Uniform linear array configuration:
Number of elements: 12
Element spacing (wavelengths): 0.75
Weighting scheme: hamming
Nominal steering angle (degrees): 30
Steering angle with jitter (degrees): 28.309
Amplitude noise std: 0.05
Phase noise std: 0.05

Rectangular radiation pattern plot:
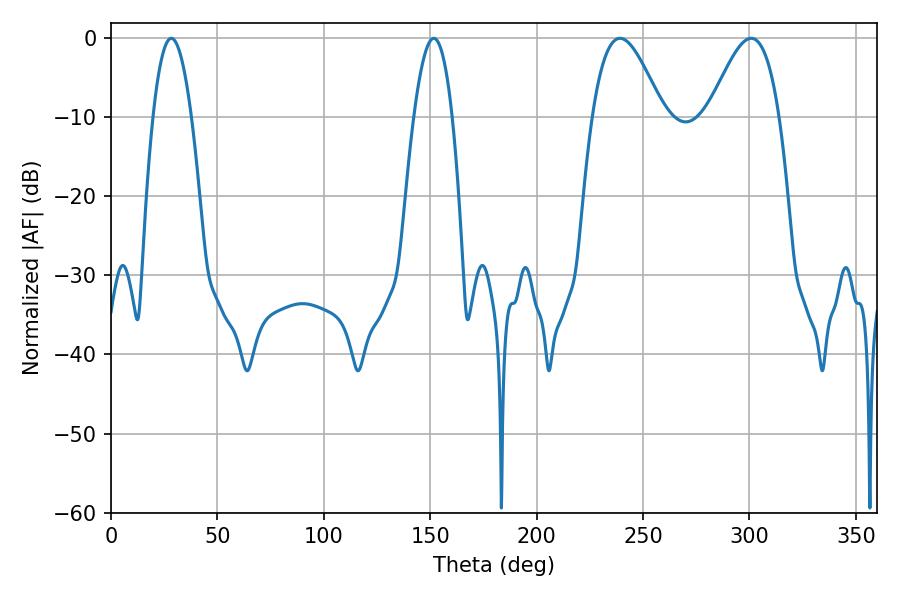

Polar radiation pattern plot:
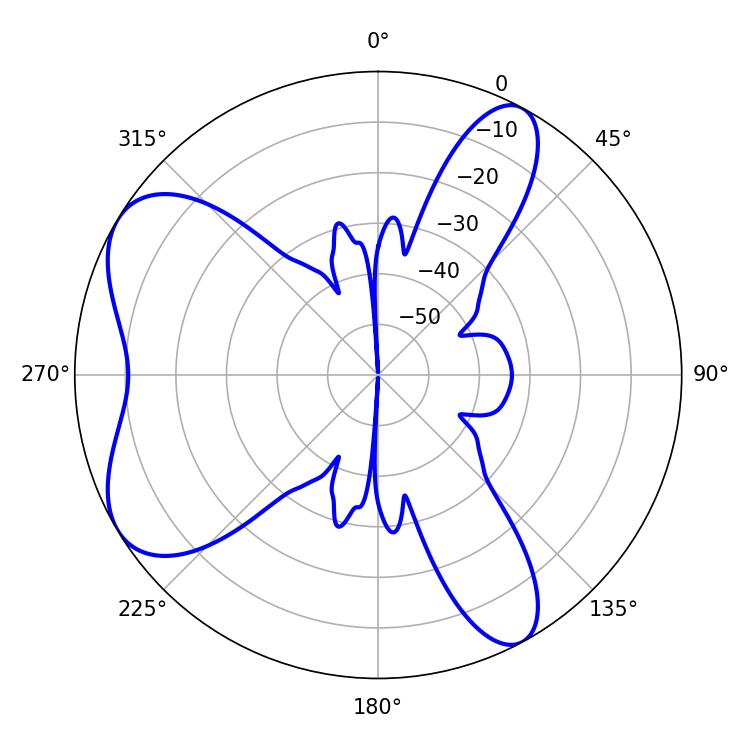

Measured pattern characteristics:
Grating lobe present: TRUE
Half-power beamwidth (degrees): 17.82
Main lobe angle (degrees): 239.22